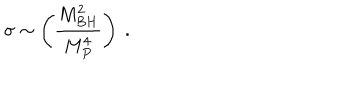
\sigma \sim \left( { \frac { M _ { B H } ^ { 2 } } { M _ { P } ^ { 4 } } } \right) ~ .